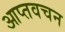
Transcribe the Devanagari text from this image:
आप्तवचन